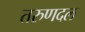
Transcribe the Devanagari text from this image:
तरुणदल